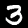
Label: 3